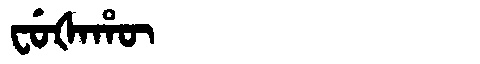
Manchu: ᠸᡠᡧᠠᡥᡡ
Romanization: FUŠAHŪ